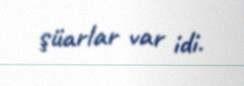
şüarlar var idi.